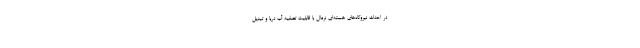
در احداث نیروگاه‌های هسته‌ای نرمال با قابلیت تصفیه آب دریا و تبدیل